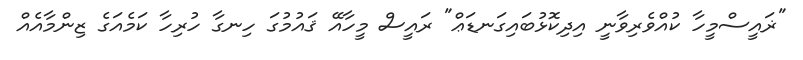
"ޜައީސްމީހާ ކުއްވެރިވާނީ އިދިކޮޅުބައިގަނޑަޢް" ރައީސް މީހާއޭ ޤައުމުގަ ހިނގާ ހުރިހާ ކަމެއަގެ ޒިންމާއެއް